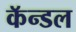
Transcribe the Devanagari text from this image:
कॅन्डल